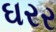
ઘરર